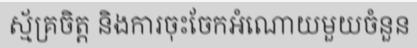
ស្ម័គ្រចិត្ត និងការចុះចែកអំណោយមួយចំនួន